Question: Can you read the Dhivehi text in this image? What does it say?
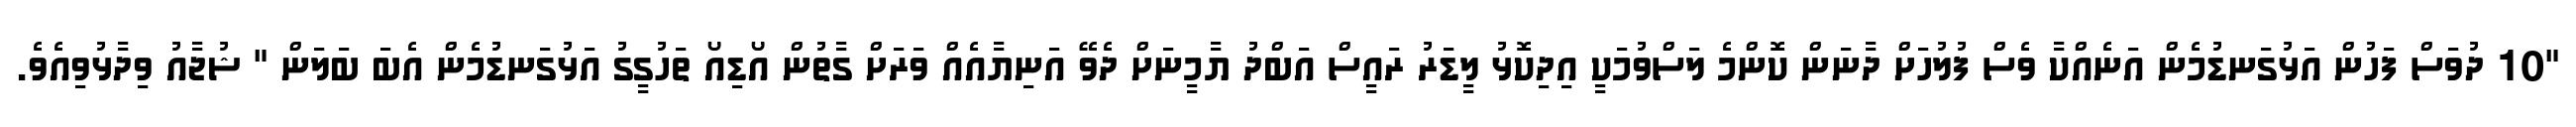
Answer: "10 ދުވަސް ފަހުން އަޅުގަނޑުމެން އަނެއްކާ ވެސް ފުލުހަށް ދާނަން ކޮންމެ ލަސްވުމަކީ އިދިކޮޅު ލީޑަރު ރައީސް އަބްދު ޔާމީނަށް ދެވޭ އަނިޔާއެއް ވަރަށް ގާތުން އޯޑިއޯ ތަހުގީގު އަޅުގަނޑުމެން އެބަ ބަލަން " ޝުޖާއު ވިދާޅުވިއެވެ.